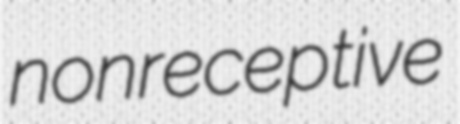
nonreceptive